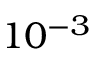
1 0 ^ { - 3 }